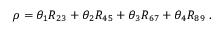
\rho = \theta _ { 1 } R _ { 2 3 } + \theta _ { 2 } R _ { 4 5 } + \theta _ { 3 } R _ { 6 7 } + \theta _ { 4 } R _ { 8 9 } ~ .